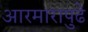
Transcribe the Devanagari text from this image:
आरमारापुढे